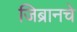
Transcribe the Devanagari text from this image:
जिब्रानचे